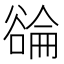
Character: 𬤳